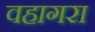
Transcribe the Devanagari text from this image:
वहागरा